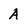
Character: A